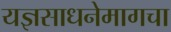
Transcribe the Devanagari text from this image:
यज्ञसाधनेमागचा